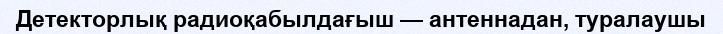
Детекторлық радиоқабылдағыш — антеннадан, туралаушы